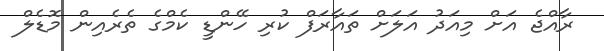
ރާއްޖެ އަށް މިއަދު އަލަށް ތައާރަފް ކުރި ހޭންޑީ ކެމްގެ ތެރެއިން މޮޑެލް